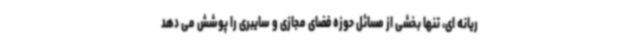
ریانه ای، تنها بخشی از مسائل حوزه فضای مجازی و سایبری را پوشش می دهد